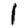
Digit: 1